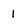
Character: 1